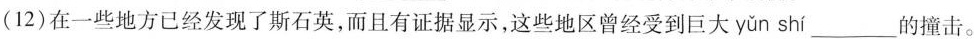
(12)在一些地方已经发现了斯石英，而且有证据显示，这些地区曾经受到巨大 yǔn shí ___的撞击。